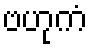
ဗဟုကံ